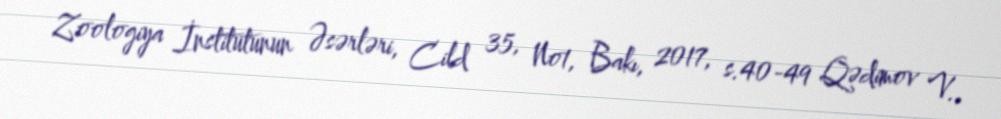
Zoologiya İnstitutunun Əsərləri, Cild 35, No1, Bakı, 2017, s.40-49 Qədimov V.,